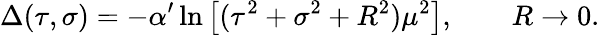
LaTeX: \Delta(\tau,\sigma)=-\alpha^{\prime}\ln\left[(\tau^{2}+\sigma^{2}+R^{2})\mu^{2}\right],\qquad R\rightarrow 0.